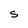
Character: S